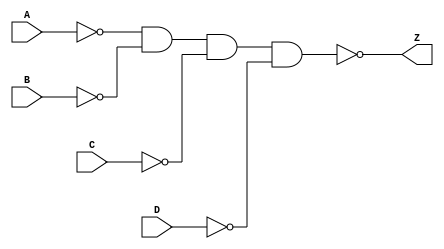
`timescale 1ns / 1ps
//////////////////////////////////////////////////////////////////////////////////
// Company: 
// Engineer: 
// 
// Design Name: 
// Module Name: AND
// Project Name: 
// Target Devices: 
// Tool Versions: 
// Description: 
// 
// Dependencies: 
// 
// Revision:
// Revision 0.01 - File Created
// Additional Comments:
// 
//////////////////////////////////////////////////////////////////////////////////


module OR4(
    output Z,  
    input A,
    input B,
    input C,
    input D
    );
    
    wire a1,a2,b1,b2,c1,c2;
    wire w1,w2,w3;
    
    nand u0(a1,A,A);
    nand u1(a2,B,B);
    nand u2(w1,a1,a2);
    
    nand u3(b1,w1,w1);
    nand u4(b2,C,C);
    nand u5(w2,b1,b2);
    
    nand u6(c1,w2,w2);
    nand u7(c2,D,D);
    nand u8(Z, c1,c2);
    
    
    
endmodule